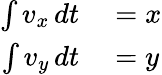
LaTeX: \begin{array}{rl}{\int v_{x}\, dt}&{{}=x}\\ {\int v_{y}\, dt}&{{}=y}\end{array}